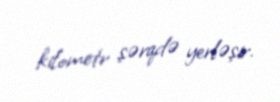
kilometr şərqdə yerləşir.